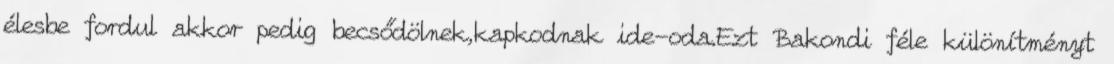
élesbe fordul akkor pedig becsődölnek,kapkodnak ide-oda.Ezt Bakondi féle különítményt